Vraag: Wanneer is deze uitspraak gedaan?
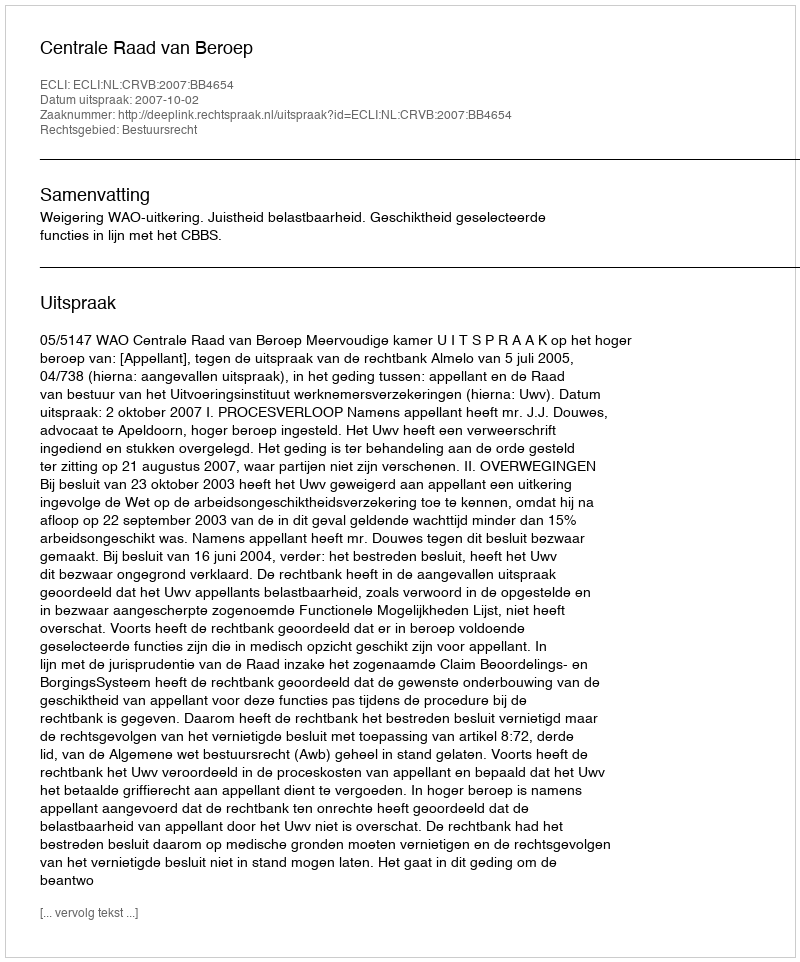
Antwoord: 2007-10-02